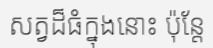
សត្វដ៏ធំក្នុងនោះ ប៉ុន្តែ